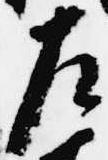
左